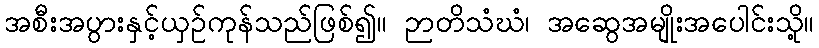
အစီးအပွားနှင့်ယှဉ်ကုန်သည်ဖြစ်၍။ ဉာတိသံဃံ၊ အဆွေအမျိုးအပေါင်းသို့။